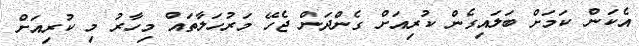
އެކަން ކަމަށް ބަލައިގެން ކުރިއަށް ގެންދަން ޖެހޭ މަރުހަލާތައް މިހާރު މި ކުރިއަށް